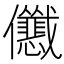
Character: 𱏢